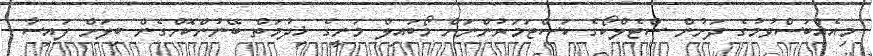
މިއެއްބަސްވުމުގެ ދަށުން ސްޓެލްކޯގެ ކަސްޓަމަރުންނަށް މޯބައިލް މަނީގެ ޚިދުމަތް ބޭނުންކޮށްގެން ބިލަށް ފައިސާ